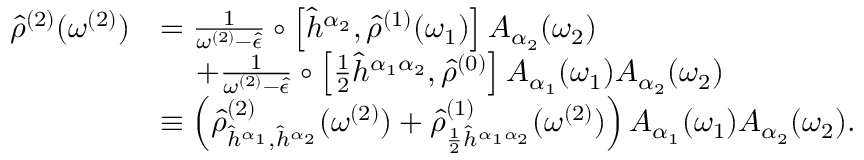
\begin{array} { r l } { \hat { \rho } ^ { ( 2 ) } ( \omega ^ { ( 2 ) } ) } & { = \frac { 1 } { \omega ^ { ( 2 ) } - \hat { \epsilon } } \circ \left[ \hat { h } ^ { \alpha _ { 2 } } , \hat { \rho } ^ { ( 1 ) } ( \omega _ { 1 } ) \right] A _ { \alpha _ { 2 } } ( \omega _ { 2 } ) } \\ & { \, \, \, \, \, \, \, + \frac { 1 } { \omega ^ { ( 2 ) } - \hat { \epsilon } } \circ \left[ \frac { 1 } { 2 } \hat { h } ^ { \alpha _ { 1 } \alpha _ { 2 } } , \hat { \rho } ^ { ( 0 ) } \right] A _ { \alpha _ { 1 } } ( \omega _ { 1 } ) A _ { \alpha _ { 2 } } ( \omega _ { 2 } ) } \\ & { \equiv \left( \hat { \rho } _ { \hat { h } ^ { \alpha _ { 1 } } , \hat { h } ^ { \alpha _ { 2 } } } ^ { ( 2 ) } ( \omega ^ { ( 2 ) } ) + \hat { \rho } _ { \frac { 1 } { 2 } \hat { h } ^ { \alpha _ { 1 } \alpha _ { 2 } } } ^ { ( 1 ) } ( \omega ^ { ( 2 ) } ) \right) A _ { \alpha _ { 1 } } ( \omega _ { 1 } ) A _ { \alpha _ { 2 } } ( \omega _ { 2 } ) \mathrm { . } } \end{array}